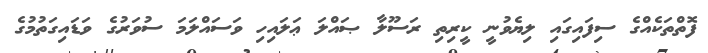
ފޮތްތަކެއްގެ ސިފައިގައި ލިޔެވުނީ ކީރިތި ރަސޫލާ ޞައްލަ ޢަލައިހި ވަސައްލަމަ ސުވަރުގެ ވަޑައިގަތުމުގެ